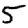
Digit: 5